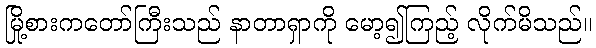
မြို့စားကတော်ကြီးသည် နာတာရှာကို မော့၍ကြည့် လိုက်မိသည်။